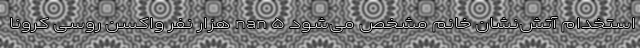
استخدام آتش‌نشان خانم مشخص می‌شود nan ۵ هزار نفر واکسن روسی کرونا